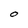
Character: O